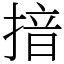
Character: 揞